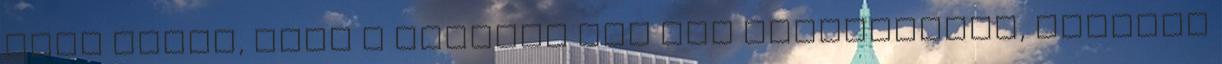
Solo tudta, hogy a Stellar Web egy Interdictor, Rogriss